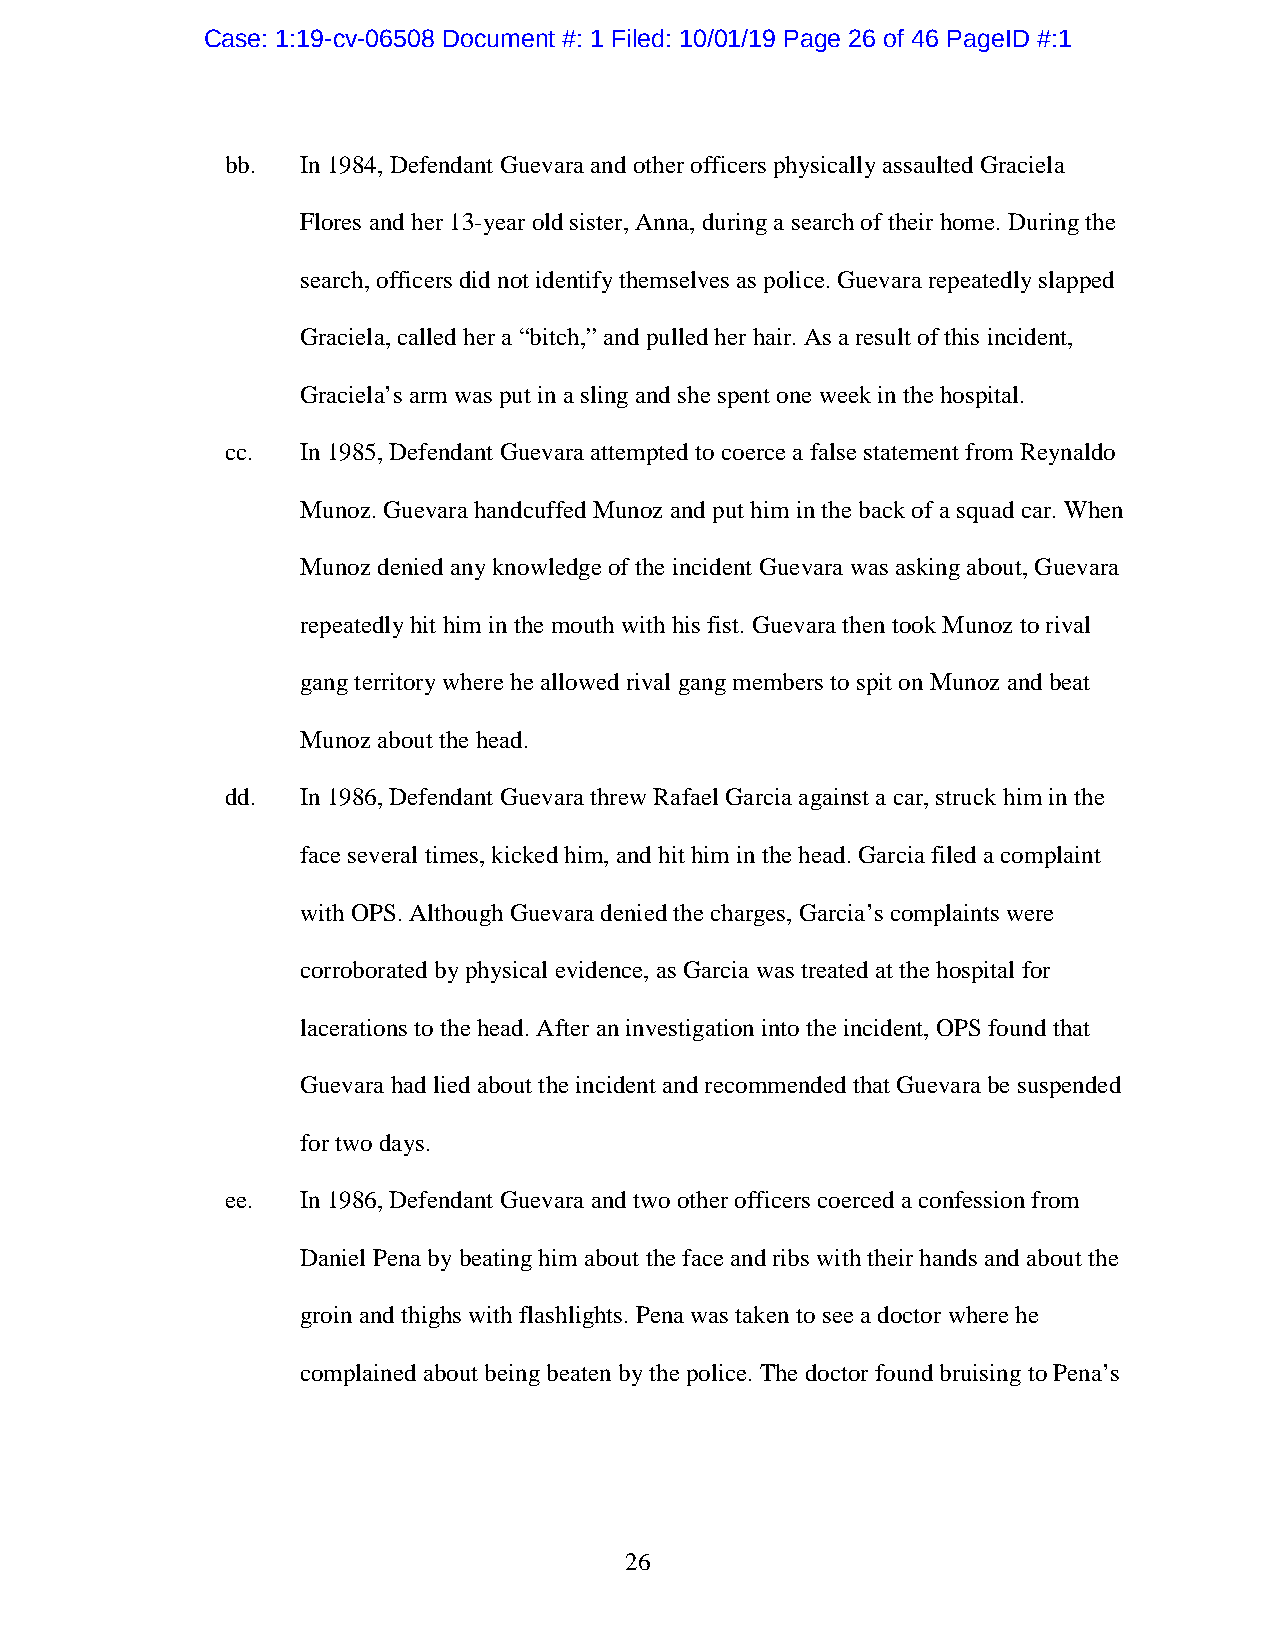
Case: 1:19-cv-06508 Document #: 1 Filed: 10/01/19 Page 26 of 46 PageID #:1
 bb.  In 1984, Defendant Guevara and other officers physically assaulted Graciela
 Flores and her 13-year old sister, Anna, during a search of their home. During the
 search, officers did not identify themselves as police. Guevara repeatedly slapped
 Graciela, called her a “bitch,” and pulled her hair. As a result of this incident,
 Graciela’s arm was put in a sling and she spent one week in the hospital.
 cc.  In 1985, Defendant Guevara attempted to coerce a false statement from Reynaldo
 Munoz. Guevara handcuffed Munoz and put him in the back of a squad car. When
 Munoz denied any knowledge of the incident Guevara was asking about, Guevara
 repeatedly hit him in the mouth with his fist. Guevara then took Munoz to rival
 gang territory where he allowed rival gang members to spit on Munoz and beat
 Munoz about the head.
 dd.  In 1986, Defendant Guevara threw Rafael Garcia against a car, struck him in the
 face several times, kicked him, and hit him in the head. Garcia filed a complaint
 with OPS. Although Guevara denied the charges, Garcia’s complaints were
 corroborated by physical evidence, as Garcia was treated at the hospital for
 lacerations to the head. After an investigation into the incident, OPS found that
 Guevara had lied about the incident and recommended that Guevara be suspended
 for two days.
 ee.  In 1986, Defendant Guevara and two other officers coerced a confession from
 Daniel Pena by beating him about the face and ribs with their hands and about the
 groin and thighs with flashlights. Pena was taken to see a doctor where he
 complained about being beaten by the police. The doctor found bruising to Pena’s
 26